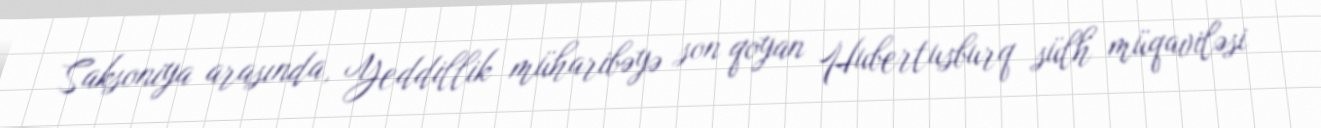
Saksoniya arasında, Yeddillik müharibəyə son qoyan Hubertusburq sülh müqaviləsi